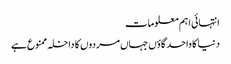
انتہائی اہم معلومات
دنیا کا واحد گاؤں جہاں مردوں کا داخلہ ممنوع ہے